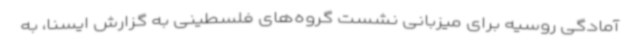
آمادگی روسیه برای میزبانی نشست گروه‌های فلسطینی به گزارش ایسنا، به